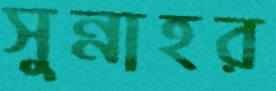
সুন্নাহর